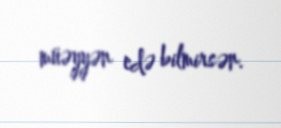
müəyyən edə bilmirsən.